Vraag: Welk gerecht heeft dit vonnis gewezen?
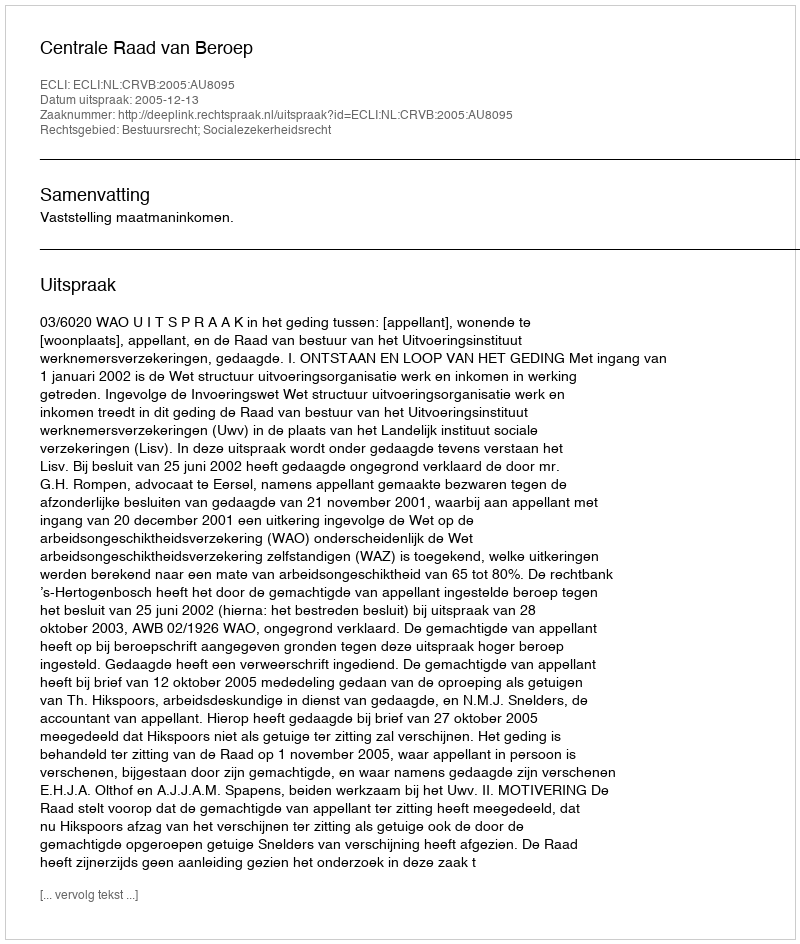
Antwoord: Centrale Raad van Beroep